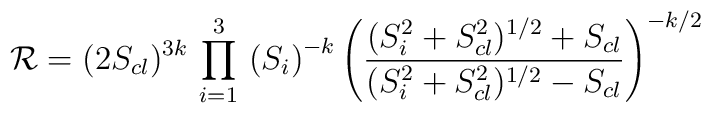
{\cal R}=(2 S_{cl} )^{3 k} \,  \prod_{i=1}^3 \, \left( S_i \right)^{-k}   \left(  \frac{    ( S_i^2+S_{cl}^2)^{1/2} + S_{cl} }{    ( S_i^2+S_{cl}^2)^{1/2} - S_{cl} } \right)^{-k/2}